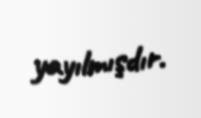
yayılmışdır.